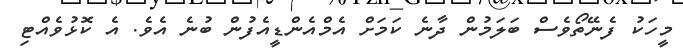
މީހަކު ފެނޭތޯވެސް ބަލަމުން ދާނެ ކަމަށް އެމްއެންޑީއެފުން ބުނެ އެވެ. އެ ކޮޅުވެއްޓި